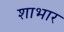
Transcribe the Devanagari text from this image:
शाभार